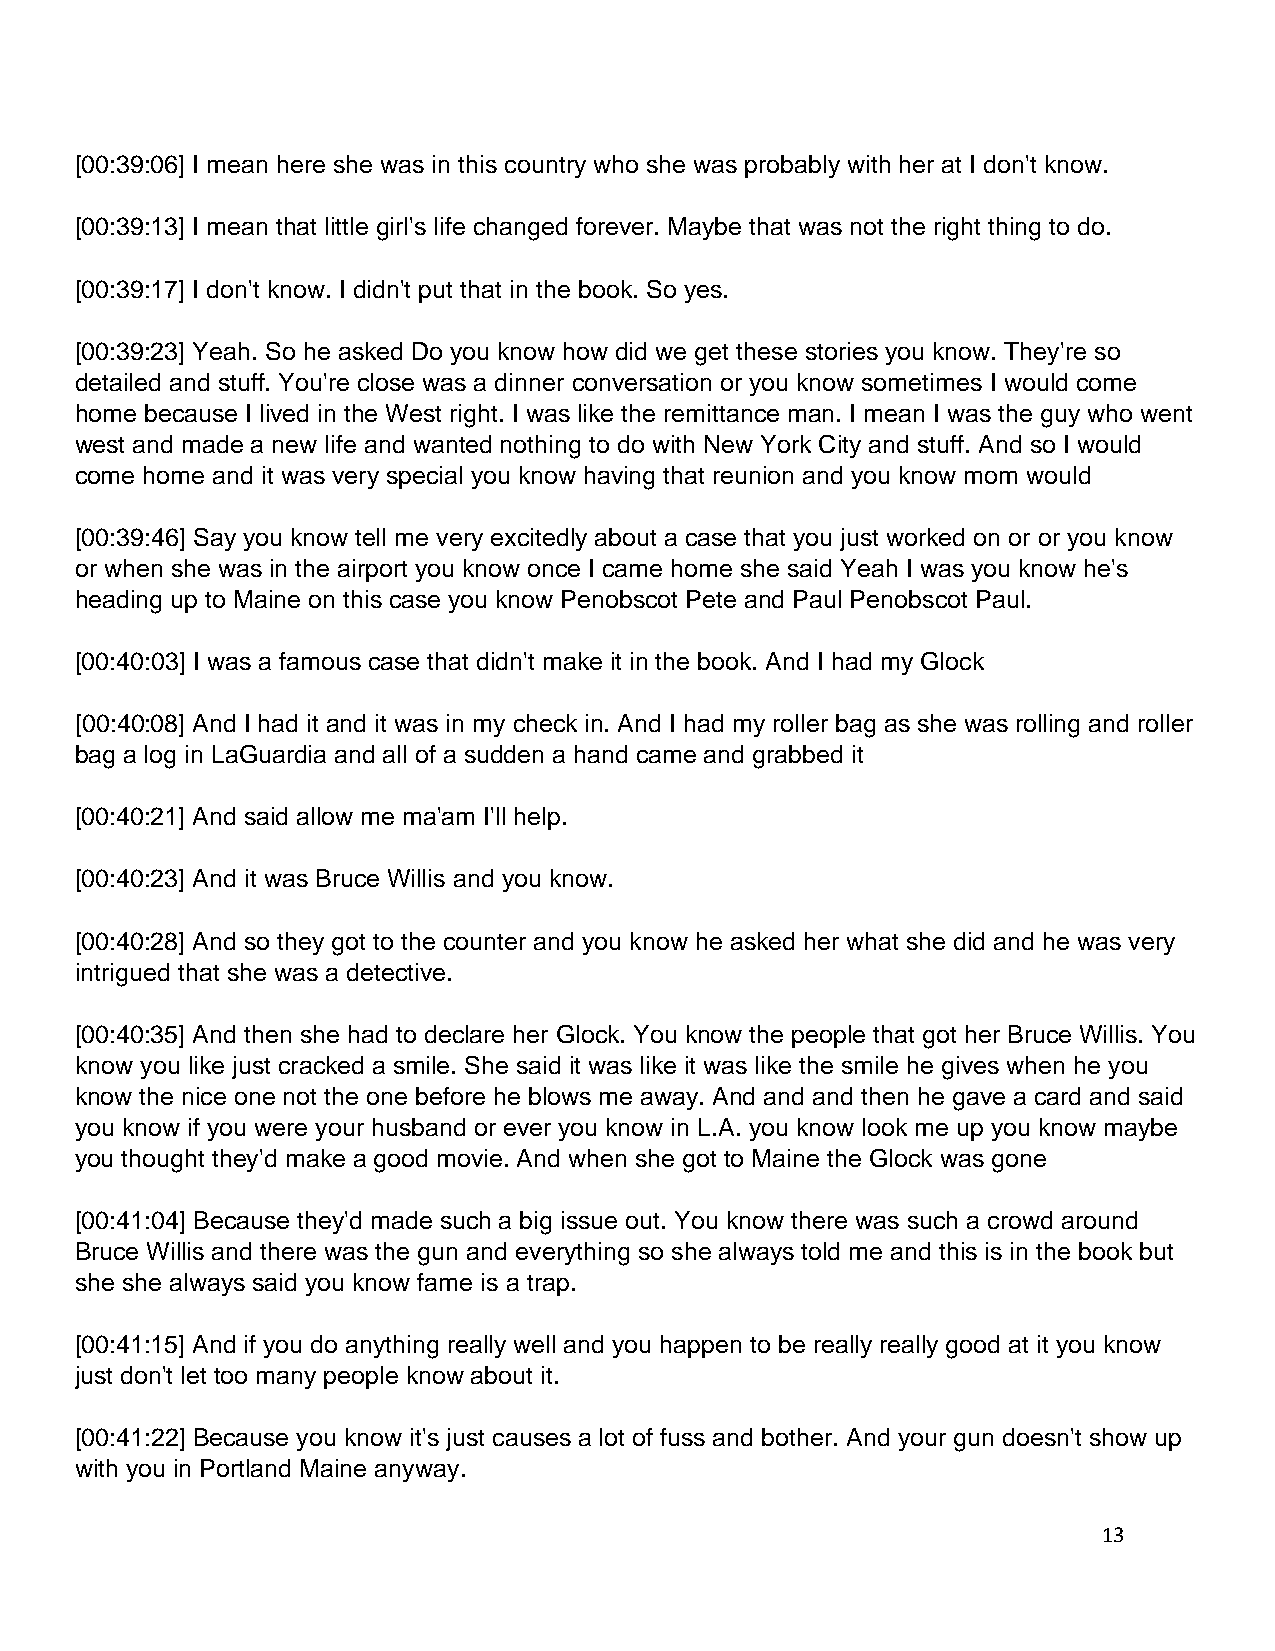
[00:39:06] I mean here she was in this country who she was probably with her at I don't know.
 [00:39:13] I mean that little girl's life changed forever. Maybe that was not the right thing to do.
 [00:39:17] I don't know. I didn't put that in the book. So yes.
 [00:39:23] Yeah. So he asked Do you know how did we get these stories you know. They're so
 detailed and stuff. You're close was a dinner conversation or you know sometimes I would come
 home because I lived in the West right. I was like the remittance man. I mean I was the guy who went
 west and made a new life and wanted nothing to do with New York City and stuff. And so I would
 come home and it was very special you know having that reunion and you know mom would
 [00:39:46] Say you know tell me very excitedly about a case that you just worked on or or you know
 or when she was in the airport you know once I came home she said Yeah I was you know he's
 heading up to Maine on this case you know Penobscot Pete and Paul Penobscot Paul.
 [00:40:03] I was a famous case that didn't make it in the book. And I had my Glock
 [00:40:08] And I had it and it was in my check in. And I had my roller bag as she was rolling and roller
 bag a log in LaGuardia and all of a sudden a hand came and grabbed it
 [00:40:21] And said allow me ma'am I'll help.
 [00:40:23] And it was Bruce Willis and you know.
 [00:40:28] And so they got to the counter and you know he asked her what she did and he was very
 intrigued that she was a detective.
 [00:40:35] And then she had to declare her Glock. You know the people that got her Bruce Willis. You
 know you like just cracked a smile. She said it was like it was like the smile he gives when he you
 know the nice one not the one before he blows me away. And and and then he gave a card and said
 you know if you were your husband or ever you know in L.A. you know look me up you know maybe
 you thought they'd make a good movie. And when she got to Maine the Glock was gone
 [00:41:04] Because they'd made such a big issue out. You know there was such a crowd around
 Bruce Willis and there was the gun and everything so she always told me and this is in the book but
 she she always said you know fame is a trap.
 [00:41:15] And if you do anything really well and you happen to be really really good at it you know
 just don't let too many people know about it.
 [00:41:22] Because you know it's just causes a lot of fuss and bother. And your gun doesn't show up
 with you in Portland Maine anyway.
 13